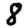
Digit: 8